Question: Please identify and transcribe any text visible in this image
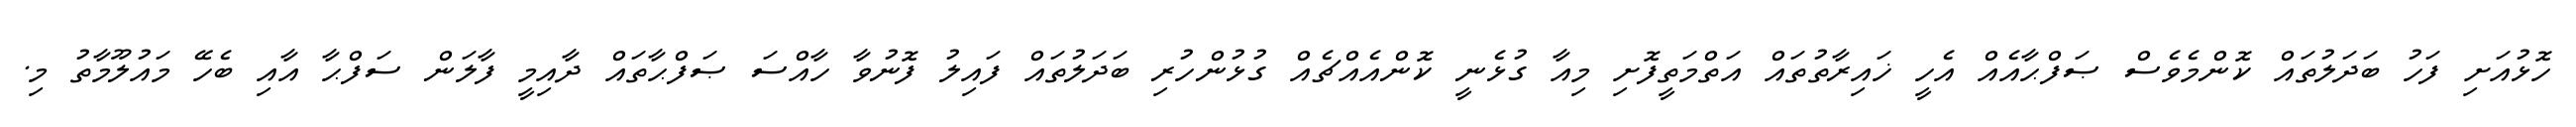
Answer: ހޮޅުއަށި ފަހު ބަދަލުތައް ކޮންމެވެސް ޞަފްޙާއެއް އެހީ ޚައިރާތުތައް އަތްމަތީފޮށި މިއާ ގުޅެނީ ކޮންއެއްޗެއް ގުޅުންހުރި ބަދަލުތައް ފައިލު ފޮނުވާ ހާއްސަ ޞަފްޙާތައް ދާއިމީ ފާލަން ސަފްޙާ އާއި ބެހޭ މައުލޫމާތު މި.